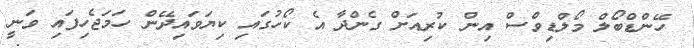
ހޭންޑްބޯލް މޯލްޑިވްސް އިން ކުރިއަށް ގެންދާ އެ ކޯހުގައި ކިޔަވައިދޭން ހަމަޖެހިފައި ވަނީ